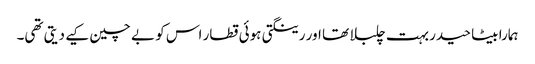
ہمارا بیٹا حیدر بہت چلبلا تھا اور رینگتی ہوئی قطار اس کو بے چین کیے دیتی تھی۔